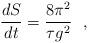
LaTeX: \begin{align*}\frac{dS}{dt} = \frac{8 \pi^{2}}{\tau g^{2}}~~,\end{align*}